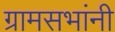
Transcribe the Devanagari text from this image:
ग्रामसभांनी